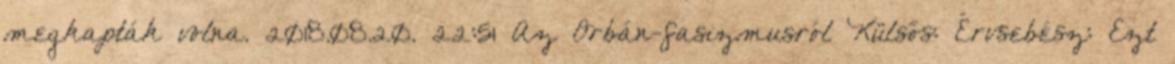
megkapták volna. 2018.08.20. 22:51 Az Orbán-fasizmusról Külsős: Érvsebész: Ezt